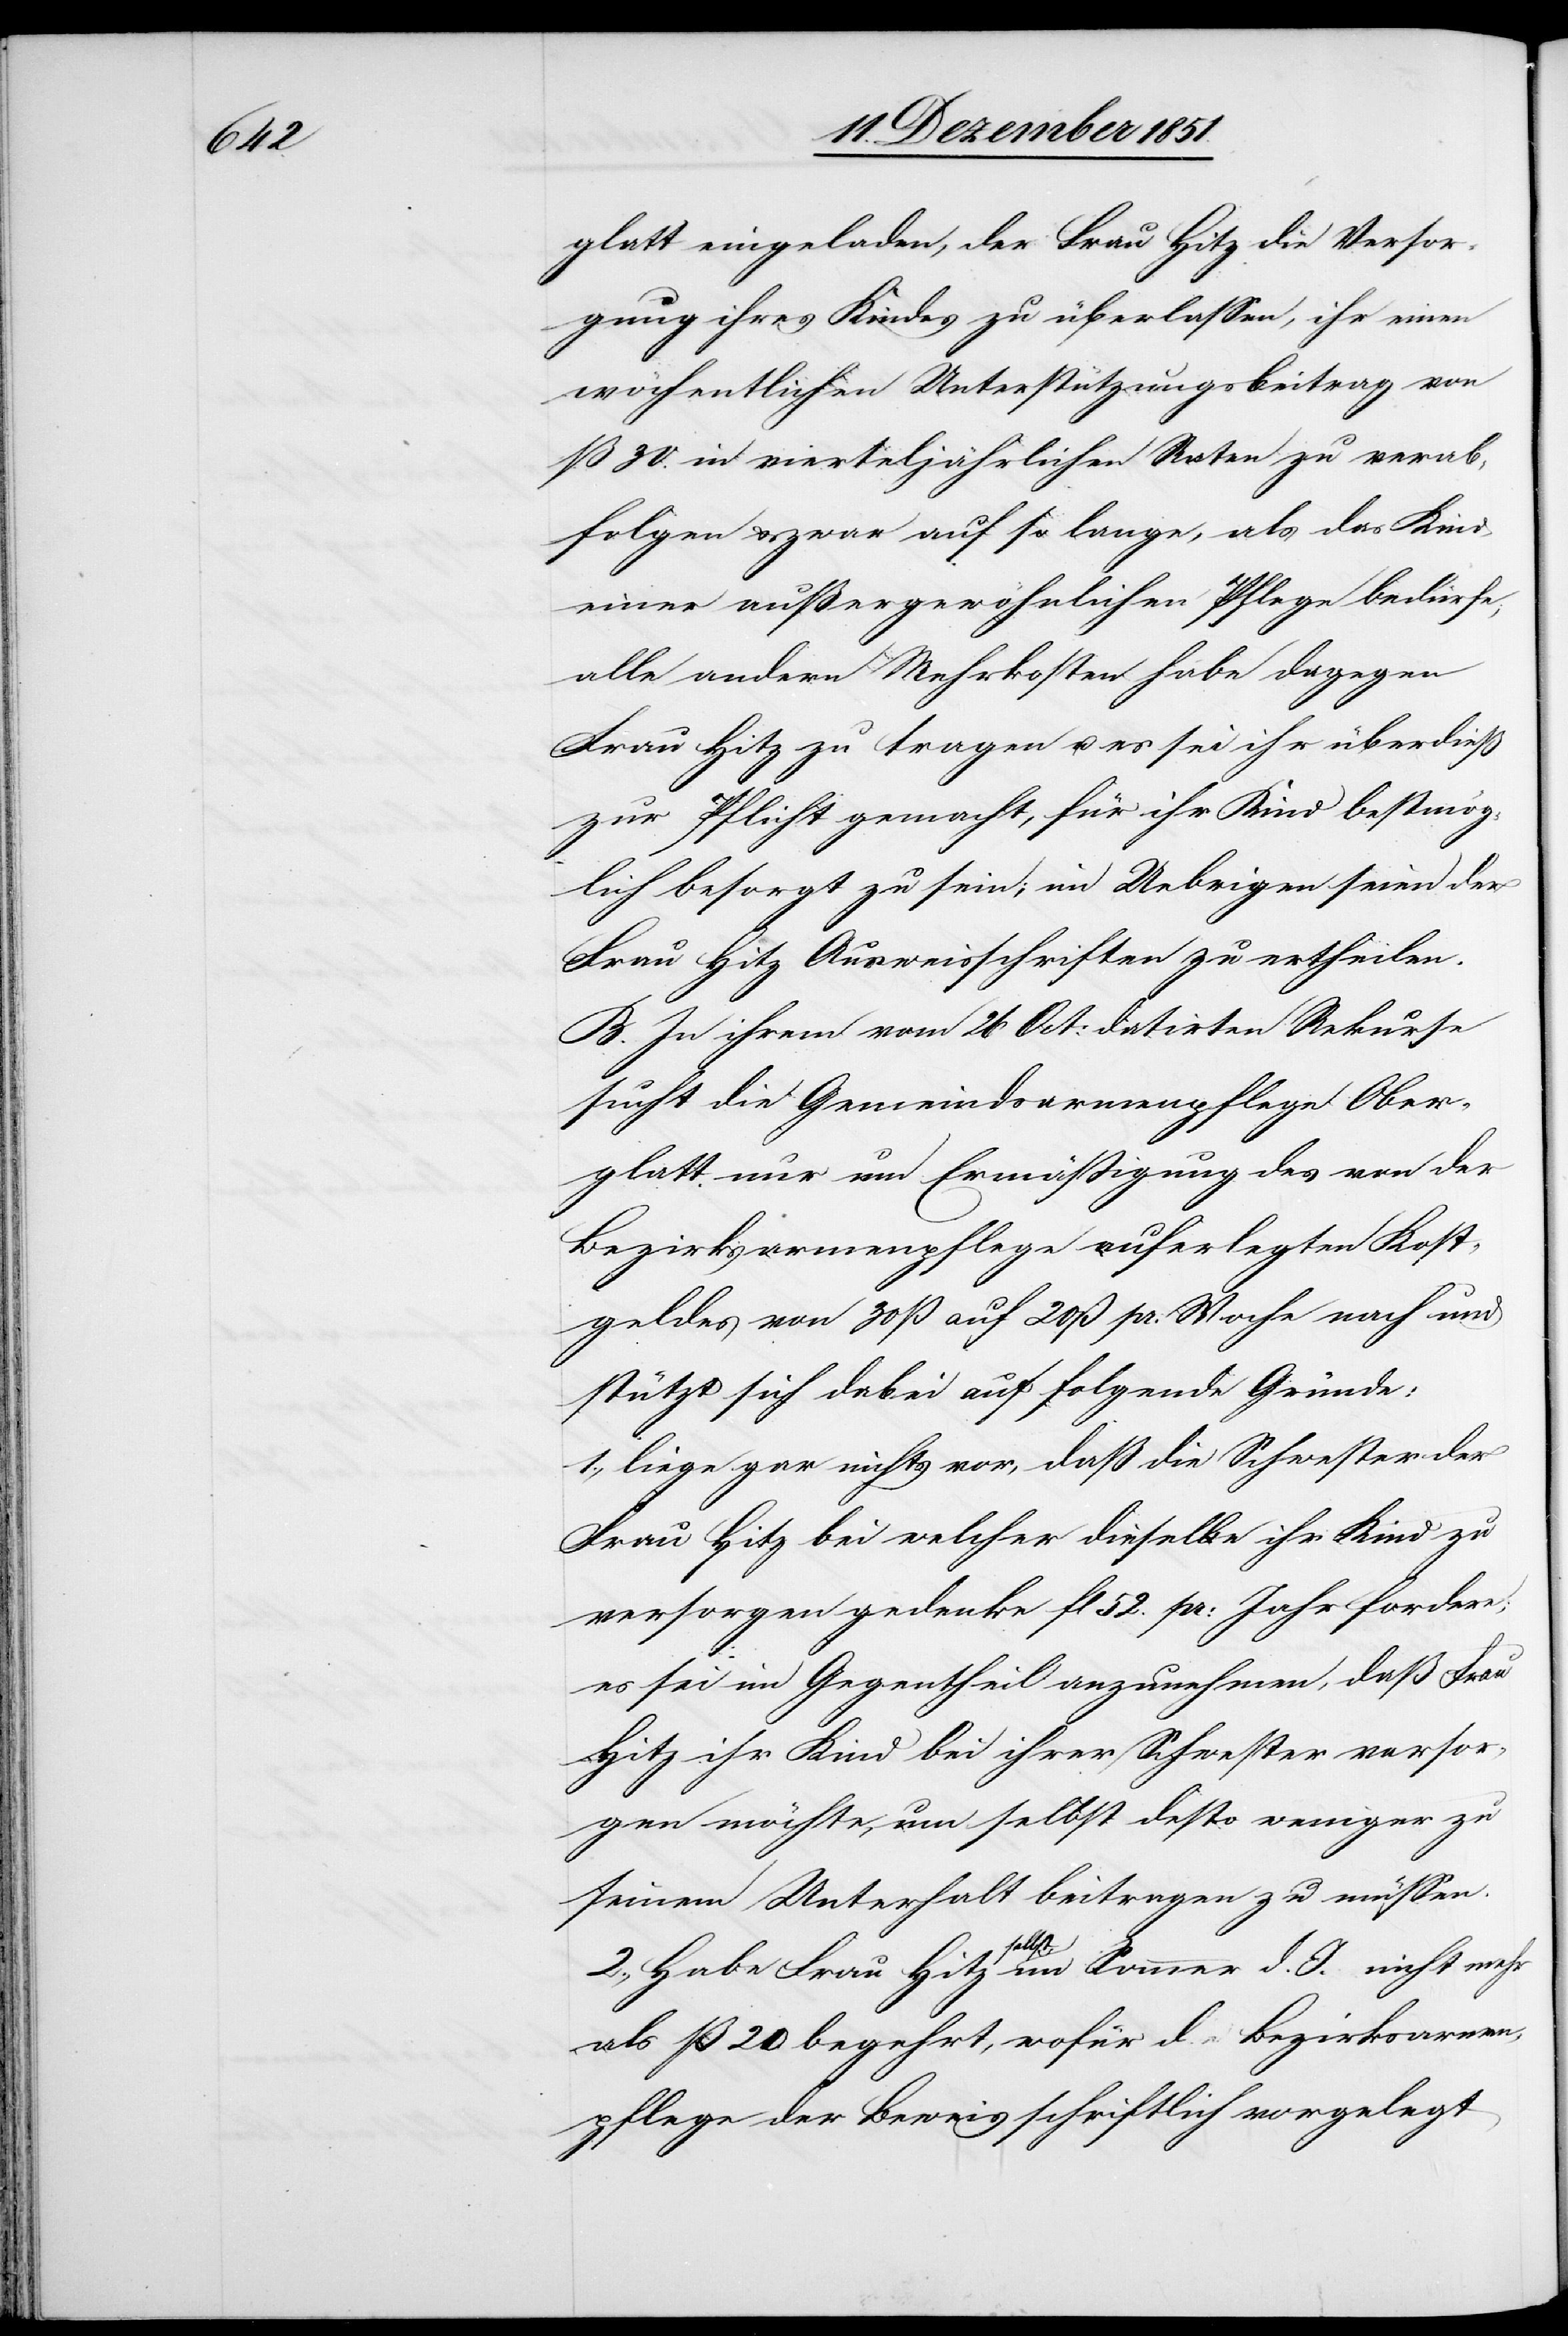
glatt eingeladen, der Frau Hitz die Versor¬
gung ihres Kindes zu überlassen, ihr einen
wöchentlichen Unterstützungsbeitrag von
ß 30. in vierteljährlichen Raten zu verab¬
folgen & zwar auf so lange, als das Kind
einer außergewöhnlichen Pflege bedürfe;
alle andern Mehrkosten habe dagegen
Frau Hitz zu tragen u. es sei ihr überdieß
zur Pflicht gemacht, für ihr Kind bestmög¬
lich besorgt zu sein; im Uebrigen seien der
Frau Hitz Ausweisschriften zu ertheilen.
B. In ihrem vom 26 Oct: datirten Rekurse
sucht die Gemeindsarmenpflege Ober¬
glatt nur um Ermäßigung des von der
Bezirksarmenpflege auferlegten Kost¬
geldes von 30 ß auf 20 ß pr. Woche nach und
stützt sich dabei auf folgende Gründe:
1., liege gar nichts vor, daß die Schwester der
Frau Hitz bei welcher dieselbe ihr Kind zu
versorgen gedenke fl 52. pr: Jahr fordere;
es sei im Gegentheil anzunehmen, daß Frau
Hitz ihr Kind bei ihrer Schwester versor¬
gen möchte, um selbst desto weniger zu
seinem Unterhalt beitragen zu müssen.
2., Habe Frau Hitz selbst im Sommer d. J. nicht mehr
als ß 20 begehrt, wofür d. Bezirksarmen¬
pflege der Beweis schriftlich vorgelegt